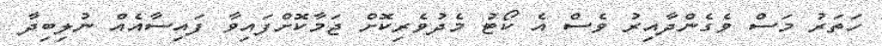
ހަތަރު މަސް ވެގެންދާއިރު ވެސް އެ ކޯޓު މެދުވެރިކޮށް ޖަމާކޮށްފައިވާ ފައިސާއެއް ނުލިބިދާ